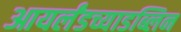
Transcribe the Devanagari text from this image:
आयर्लंडच्याडब्लिन